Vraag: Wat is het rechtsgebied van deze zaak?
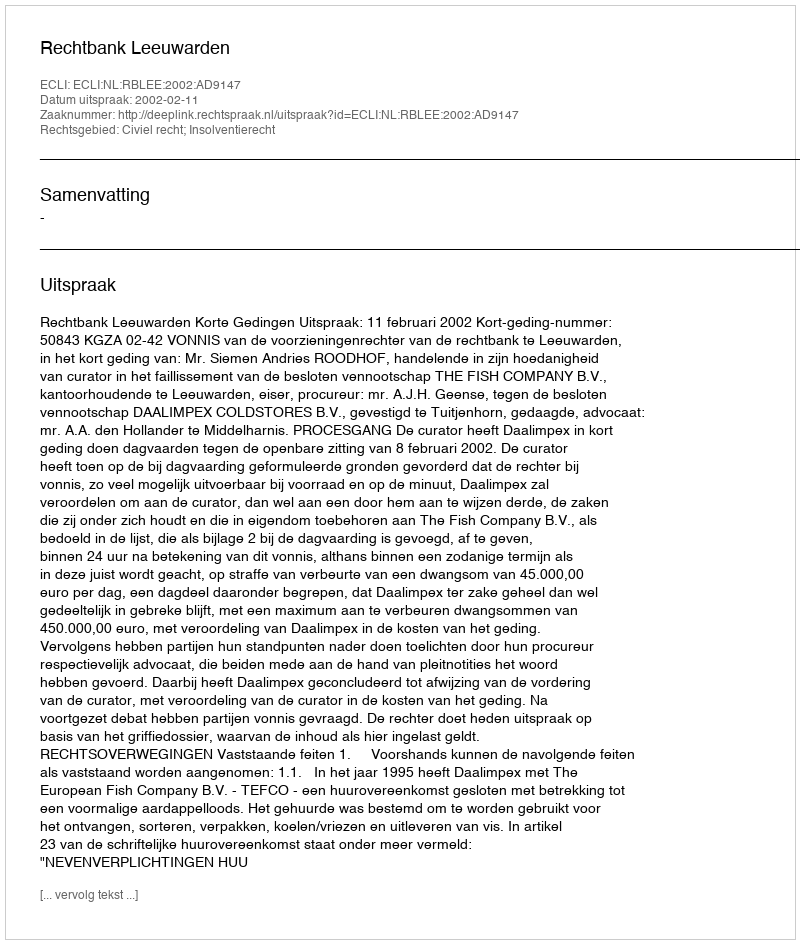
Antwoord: Civiel recht; Insolventierecht